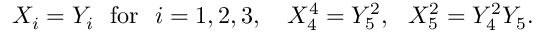
X _ { i } = Y _ { i } \ \ \mathrm { f o r } \ \ i = 1 , 2 , 3 , \ \ \ X _ { 4 } ^ { 4 } = Y _ { 5 } ^ { 2 } , \ \ X _ { 5 } ^ { 2 } = Y _ { 4 } ^ { 2 } Y _ { 5 } .